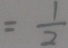
= \frac { 1 } { 2 }